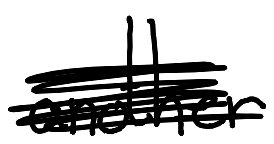
Text: another
Cross-out: scratch
Writing tool: digital_black